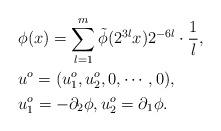
LaTeX: \begin{align*}& \phi(x) = \sum_{ l=1}^m \tilde \phi(2^{3 l} x) 2^{-6 l}\cdot \frac 1 { l}, \\& u^o = (u_1^o,u_2^o,0,\cdots,0), \\& u_1^o=-\partial_2 \phi, u_2^o = \partial_1 \phi.\end{align*}